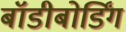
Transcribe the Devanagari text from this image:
बॉडीबोर्डिंग